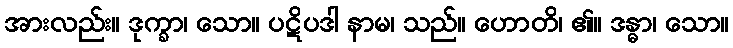
အားလည်း။ ဒုက္ခာ၊ သော။ ပဋိပဒါ နာမ၊ သည်။ ဟောတိ၊ ၏။ ဒန္ဓာ၊ သော။